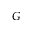
G